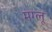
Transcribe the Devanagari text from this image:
मग्लू